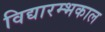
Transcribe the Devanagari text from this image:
विद्यारम्भकाल